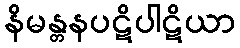
နိမန္တနပဋိပါဋိယာ